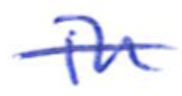
Text: in
Cross-out: single-line
Writing tool: ballpoint